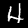
Digit: 4